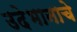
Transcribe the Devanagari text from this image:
उदेभानाचे